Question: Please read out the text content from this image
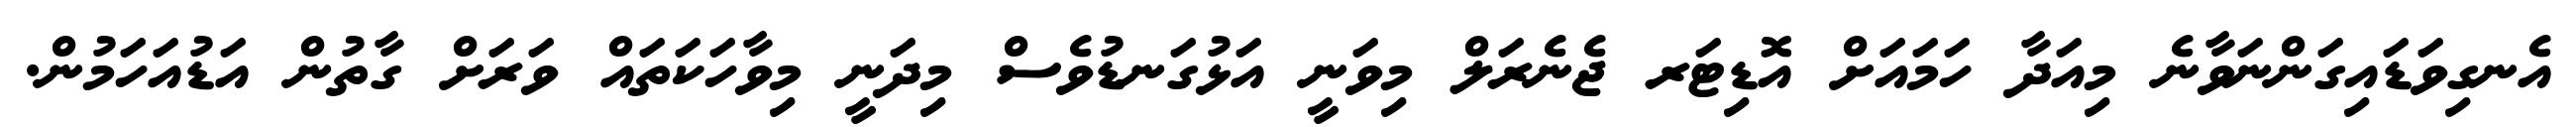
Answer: އެނގިވަޑައިގަންނަވާނެ މިއަދާ ހަމައަށް އޮޑިޓަރ ޖެނެރަލް މިވަނީ އަޅުގަނޑުވެސް މިދަނީ މިވާހަކަތައް ވަރަށް ގާތުން އަޑުއަހަމުން.